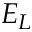
E _ { L }